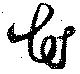
花